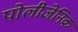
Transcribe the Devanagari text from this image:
पोलीजेनिक